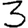
Digit: 3